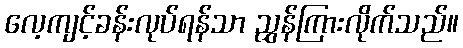
လေ့ကျင့်ခန်းလုပ်ရန်သာ ညွှန်ကြားလိုက်သည်။